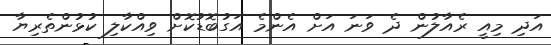
އަދި މިއީ ރެއާލުން ދެ ވަނަ އަށް އެންމެ އަގުބޮޑުކޮށް ވިއްކާލި ކުޅުންތެރިޔާ